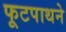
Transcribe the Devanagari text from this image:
फूटपाथने